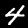
Digit: 4